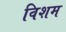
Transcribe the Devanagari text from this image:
विशम